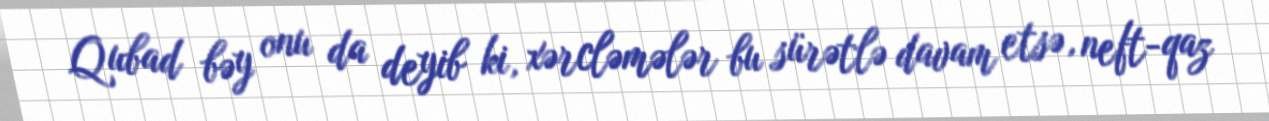
Qubad bəy onu da deyib ki, xərcləmələr bu sürətlə davam etsə, neft-qaz